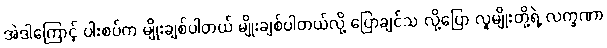
အဲဒါကြောင့် ပါးစပ်က မျိုးချစ်ပါတယ် မျိုးချစ်ပါတယ်လို့ ပြောချင်သ လို့ပြော လူမျိုးတို့ရဲ့ လက္ခဏာ